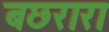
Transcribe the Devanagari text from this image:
बछरारा